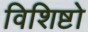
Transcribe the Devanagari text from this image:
विशिष्टो